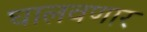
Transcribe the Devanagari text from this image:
घालवणार